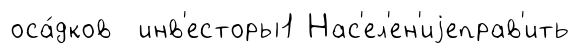
оса́дков инв'есторы1 Нас'ел'ен'иjеправ'ить